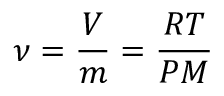
\nu = { \frac { V } { m } } = { \frac { R T } { P M } }